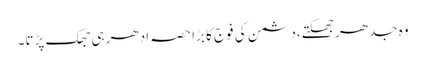
وہ جدھر جھکتے،دشمن کی فوج کا بڑا حصہ ادھر ہی جھک پڑتا۔